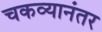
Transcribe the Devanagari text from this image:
चकव्यानंतर